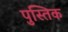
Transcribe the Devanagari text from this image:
पुस्तिक